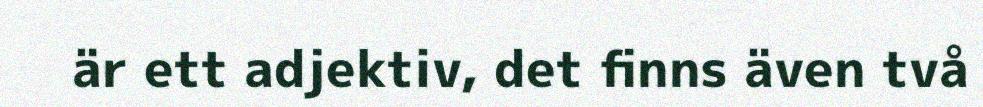
är ett adjektiv, det finns även två